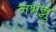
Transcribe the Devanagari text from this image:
नभन्नु